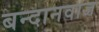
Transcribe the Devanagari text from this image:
बन्दानवाज